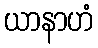
ယာနာဟံ